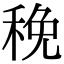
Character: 䅋